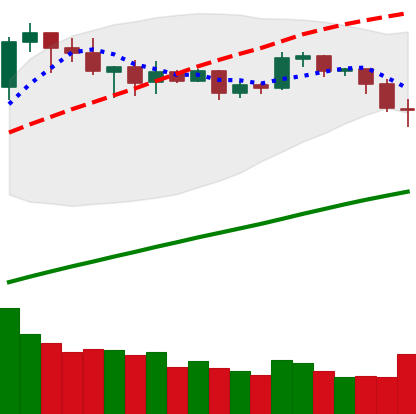
Ticker: BNB-USD
Chart end date: 2019-05-08
Forward return: 14.737%
Label: up_7plus